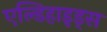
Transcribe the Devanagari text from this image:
एल्डिहाइड्स